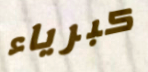
كبرياء